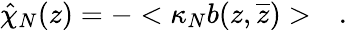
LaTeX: \hat{\chi}_{N}(z)=-<\kappa_{N}b(z,\overline{{z}})>\quad.